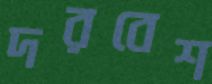
দরবেশ